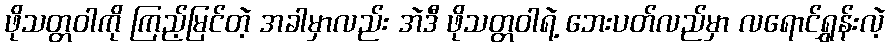
ဖိုသတ္တဝါကို ကြည့်မြင်တဲ့ အခါမှာလည်း အဲဒီ ဖိုသတ္တဝါရဲ့ ဘေးပတ်လည်မှာ လရောင်ရွှန်းလဲ့